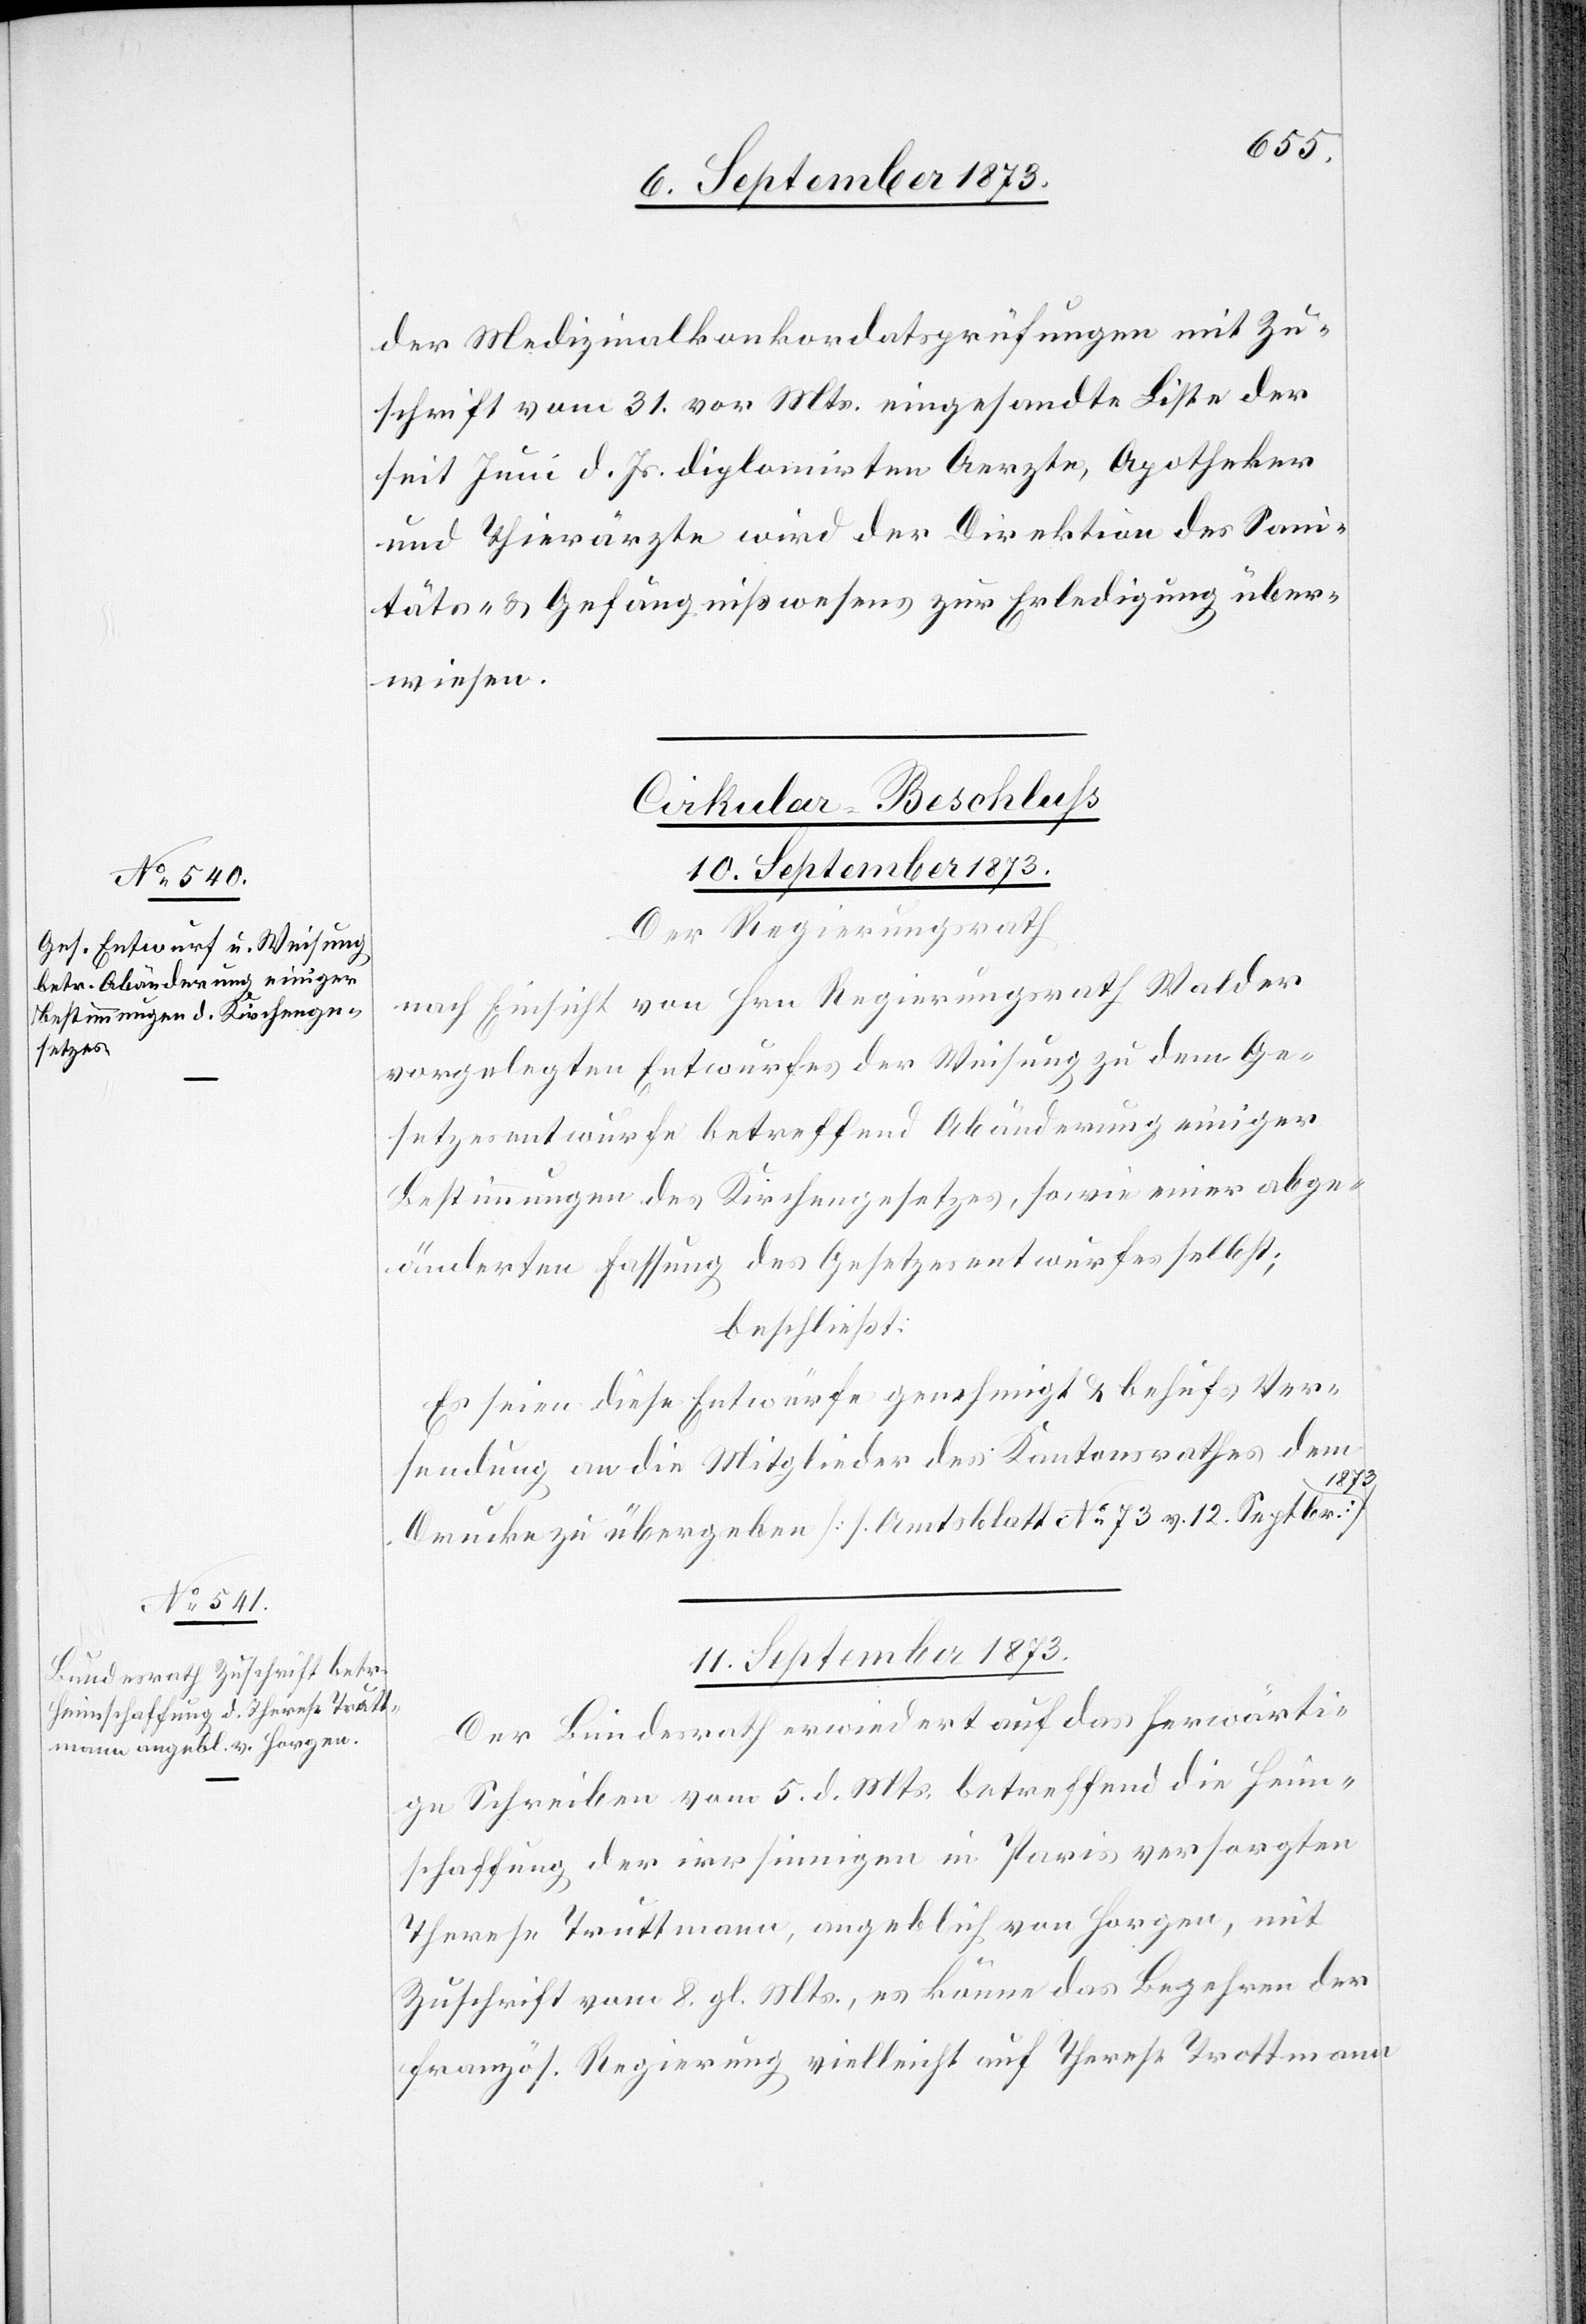
der Medizinalkonkordatsprüfungen mit Zu¬
schrift vom 31. vor Mts. eingesandte Liste der
seit Juni d. Js. diplomirten Aerzte, Apotheker
und Thierärzte wird der Direktion des San¬
itäts- & Gefängnißwesens zur Erledigung über¬
wiesen.
Cirkular-Beschluss
Der Regierungsrath
nach Einsicht von Hrn. Regierungsrath Walder
vorgelegten Entwurfes der Weisung zu dem Ge¬
setzesentwurfe betreffend Abänderung einiger
Bestimmungen des Kirchengesetzes, sowie einer abge¬
änderten Fassung des Gesetzesentwurfes selbst;
beschließt:
Es seien diese Entwürfe genehmigt & behufs Ver¬
sendung an die Mitglieder des Kantonsrathes dem
Drucke zu übergeben [Amtsblatt No 73 v. 12. Septbr.
11. September 1873.
Der Bundesrath erwiedert auf das herwärti¬
ge Schreiben vom 5. d. Mts. betreffend die Heim¬
schaffung der irrsinnigen in Paris versorgten
Therese Truttmann, angeblich von Horgen, mit
Zuschrift vom 8. gl. Mts., es könne [sich] das Begehren der
französ. Regierung vielleicht auf Therese Trottmann